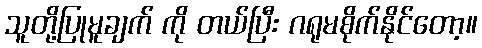
သူတို့ပြုမူချက် ကို တယ်ပြီး ဂရုမစိုက်နိုင်တော့။